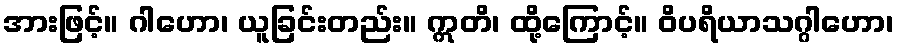
အားဖြင့်။ ဂါဟော၊ ယူခြင်းတည်း။ ဣတိ၊ ထို့ကြောင့်။ ဝိပရိယာသဂ္ဂါဟော၊